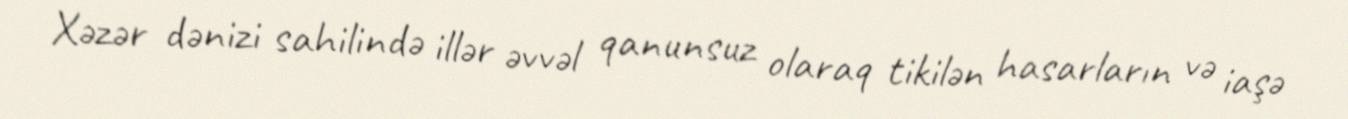
Xəzər dənizi sahilində illər əvvəl qanunsuz olaraq tikilən hasarların və iaşə